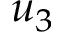
u _ { 3 }